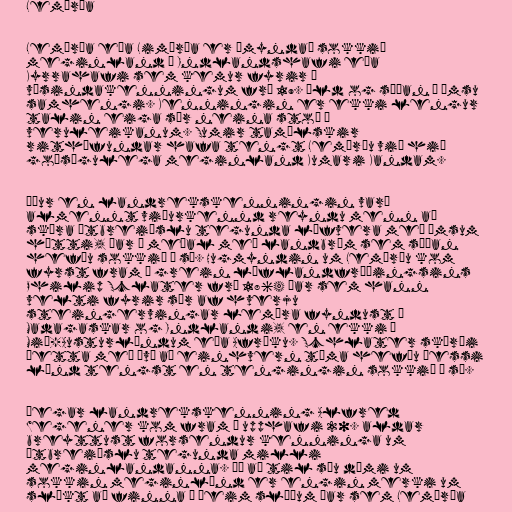
Lemúría

Lemúría eða Limúría er ímyndað sokkið
meginland í Indlandshafi eða
Kyrrahafi sem kemur fyrir í
vísindakenningum frá 19. öld og síðan í ýmsu
samhengi. Kenningin er ekki lengur
talin eiga sér neina stoð í
veruleikanum. Sumir tamílskir
rithöfundar hafa tengt Lemúríu við hið
goðsögulega meginland Kumari Kandam.

Áður en landrekskenningin varð
almennt viðurkennd reyndu menn að
skýra útbreiðslu tegunda lífvera með ýmsum
hætti, þar á meðal með landbrúm sem síðan
hefðu sokkið í sæ. Hugmyndin um Lemúríu kom
fyrst fram í grein líflandfræðingsins
Philip Sclater frá 1864 þar sem hann
velti fyrir sér af hverju
steingervingar lemúra fyndust á
Madagaskar og Indlandi, en ekki í
Mið-Austurlöndum eða Afríku. Schlater skýrði
þetta með því að einhvern tíma hefðu þessi
lönd tengst en tengingin sokkið í sæ.

Þegar landrekskenning Alfred
Wegener kom fram í upphafi 20. aldar
breyttust forsendur kenninga um
útbreiðslu tegunda milli
meginlandanna. Þó að til séu dæmi um
sokkin meginlönd er engin merki um
slíkt að finna á þeim slóðum þar sem Lemúría